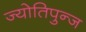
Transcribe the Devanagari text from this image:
ज्योतिपुन्ज